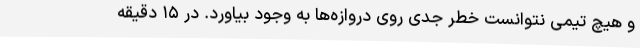
و هیچ تیمی نتوانست خطر جدی روی دروازه‌ها به وجود بیاورد. در ۱۵ دقیقه